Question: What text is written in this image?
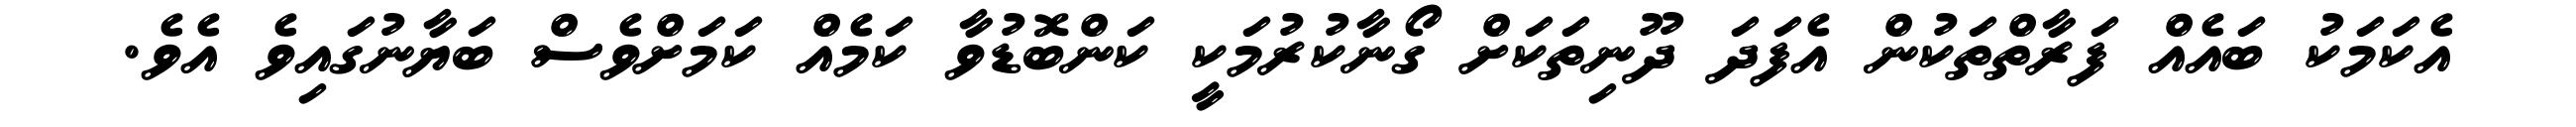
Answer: އެކަމަކު ބައެއް ފަރާތްތަކުން އެފަދަ ދޫނިތަކަށް ގޯނާކުރުމަކީ ކަންބޮޑުވާ ކަމެއް ކަމަށްވެސް ބަޔާނުގައިވެ އެވެ.